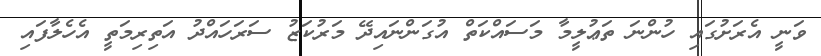
ވަނީ އެރަށުގައި ހުންނަ ތަޢުލީމާ މަސައްކަތް އުގަންނައިދޭ މަރުކަޒު ސަރަހައްދު އަތިރިމަތީ އެހެލާފައި